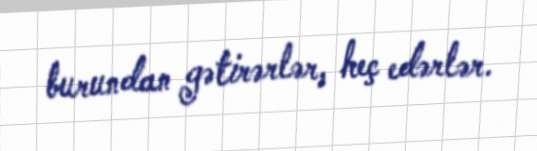
burundan gətirərlər, heç edərlər.